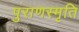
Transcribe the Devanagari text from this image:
पुराणस्मृति